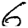
Digit: 6